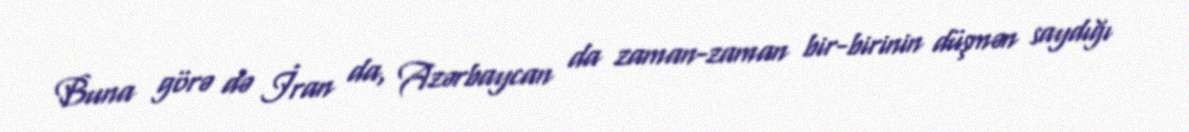
Buna görə də İran da, Azərbaycan da zaman-zaman bir-birinin düşmən saydığı